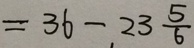
= 3 6 - 2 3 \frac { 5 } { 6 }